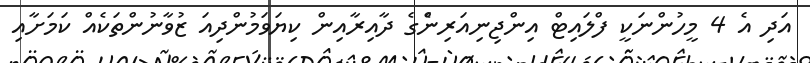
އަދި އެ 4 މީހުންނަކީ ފްލައިޓް އިންޖިނިއަރިންެގެ ދާއިރާއިން ކިޔަވަމުންދިއަ ޒުވާނުންތަކެއް ކަމަށާއި